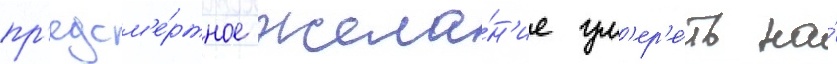
пр'едсм'е́ртное жела́н'ие ум'ер'е́ть на́